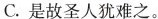
C.是故圣人犹难之。